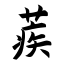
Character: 蒺